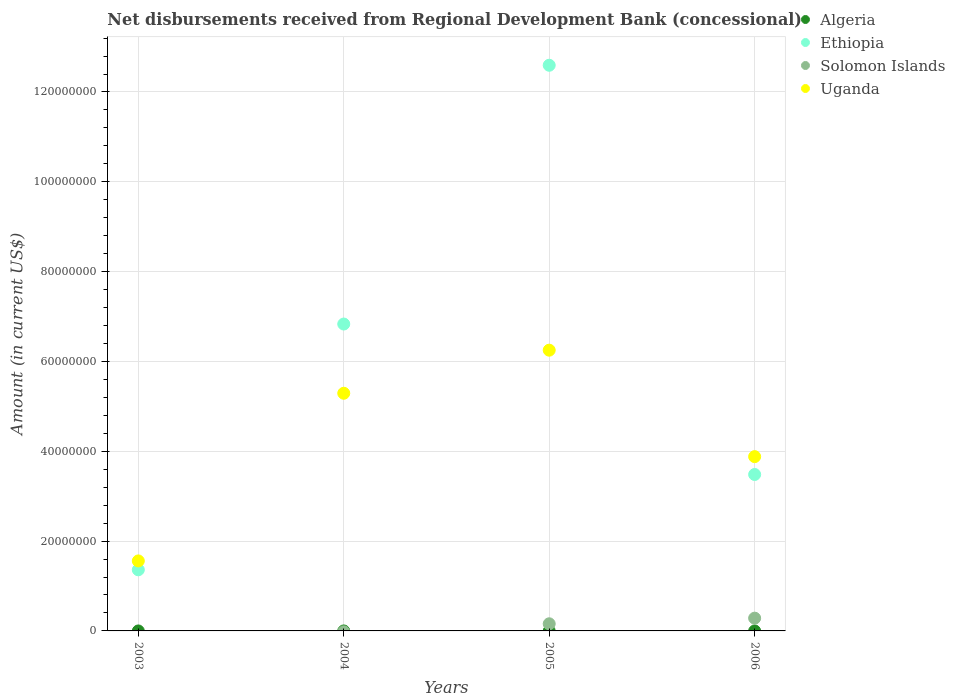
| Years | Algeria | Ethiopia | Solomon Islands | Uganda |
 | --- | --- | --- | --- | --- |
 | 2003 | -4e+03 | 1.36e+07 | -1.8e+06 | 1.56e+07 |
 | 2004 | -4e+03 | 6.83e+07 | -2.04e+05 | 5.29e+07 |
 | 2005 | -4e+03 | 1.26e+08 | 1.59e+06 | 6.25e+07 |
 | 2006 | -4e+03 | 3.48e+07 | 2.84e+06 | 3.88e+07 |